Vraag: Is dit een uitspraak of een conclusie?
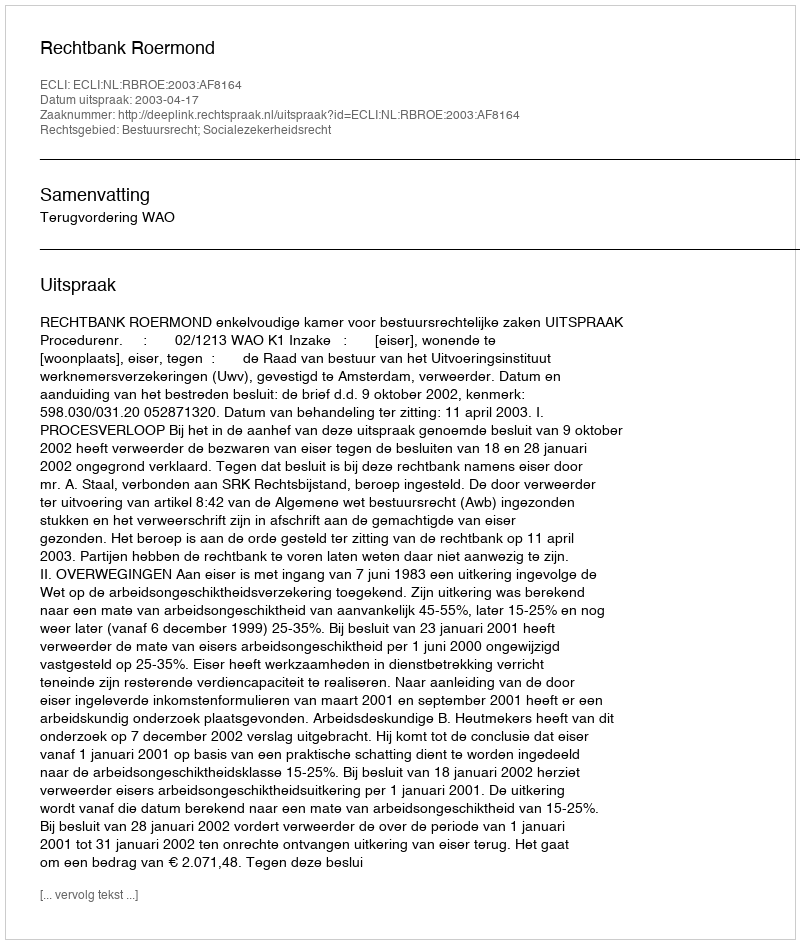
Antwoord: Uitspraak